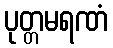
ပုတ္တမရဏံ